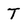
Character: T